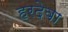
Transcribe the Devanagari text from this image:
हरदेवा